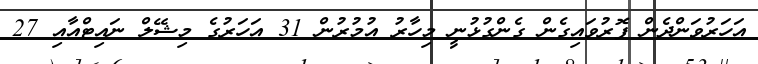
އަހަރުވަންދެން ފޮރުވައިގެން ގެންގުޅުނީ މިހާރު އުމުރުން 31 އަހަރުގެ މިޝޭލް ނައިޓްއާއި 27